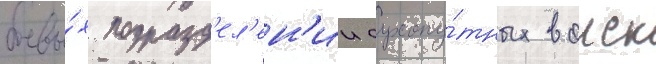
боевы́х подразд'ел'ен'ии сухопу́тных воиск